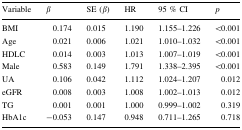
<table><thead><tr><td><b>Variable</b></td><td><b><i>β</i></b></td><td><b>SE (<i>β</i>)</b></td><td><b>HR</b></td><td><b>95 % CI</b></td><td><b><i>p</i></b></td></tr></thead><tbody><tr><td>BMI</td><td>0.174</td><td>0.015</td><td>1.190</td><td>1.155–1.226</td><td>&lt;0.001</td></tr><tr><td>Age</td><td>0.021</td><td>0.006</td><td>1.021</td><td>1.010–1.032</td><td>&lt;0.001</td></tr><tr><td>HDLC</td><td>0.014</td><td>0.003</td><td>1.013</td><td>1.007–1.019</td><td>&lt;0.001</td></tr><tr><td>Male</td><td>0.583</td><td>0.149</td><td>1.791</td><td>1.338–2.395</td><td>&lt;0.001</td></tr><tr><td>UA</td><td>0.106</td><td>0.042</td><td>1.112</td><td>1.024–1.207</td><td>0.012</td></tr><tr><td>eGFR</td><td>0.008</td><td>0.003</td><td>1.008</td><td>1.002–1.013</td><td>0.012</td></tr><tr><td>TG</td><td>0.001</td><td>0.001</td><td>1.000</td><td>0.999–1.002</td><td>0.319</td></tr><tr><td>HbA1c</td><td>−0.053</td><td>0.147</td><td>0.948</td><td>0.711–1.265</td><td>0.718</td></tr></tbody></table>